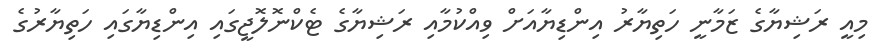
މިއީ ރަޝިޔާގެ ޒަމާނީ ހަތިޔާރު އިންޑިޔާއަށް ވިއްކުމާއި ރަޝިޔާގެ ޓެކްނޮލޮޖީގައި އިންޑިޔާގައި ހަތިޔާރުގެ